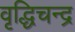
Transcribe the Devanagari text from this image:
वृद्धिचन्द्र